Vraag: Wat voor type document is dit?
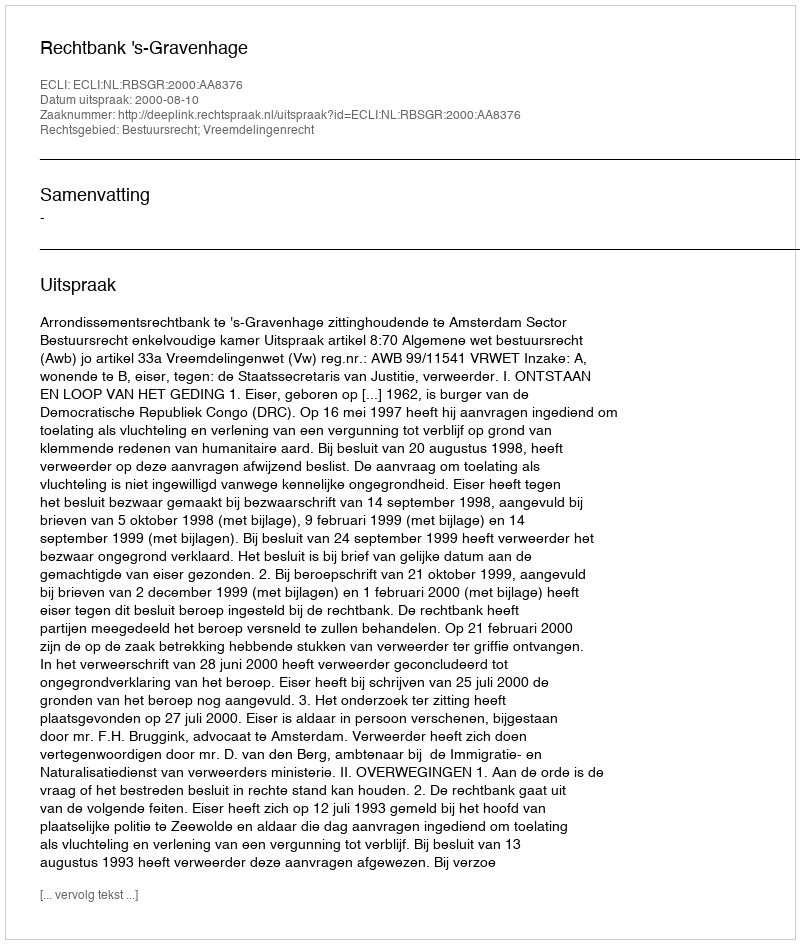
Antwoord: Uitspraak